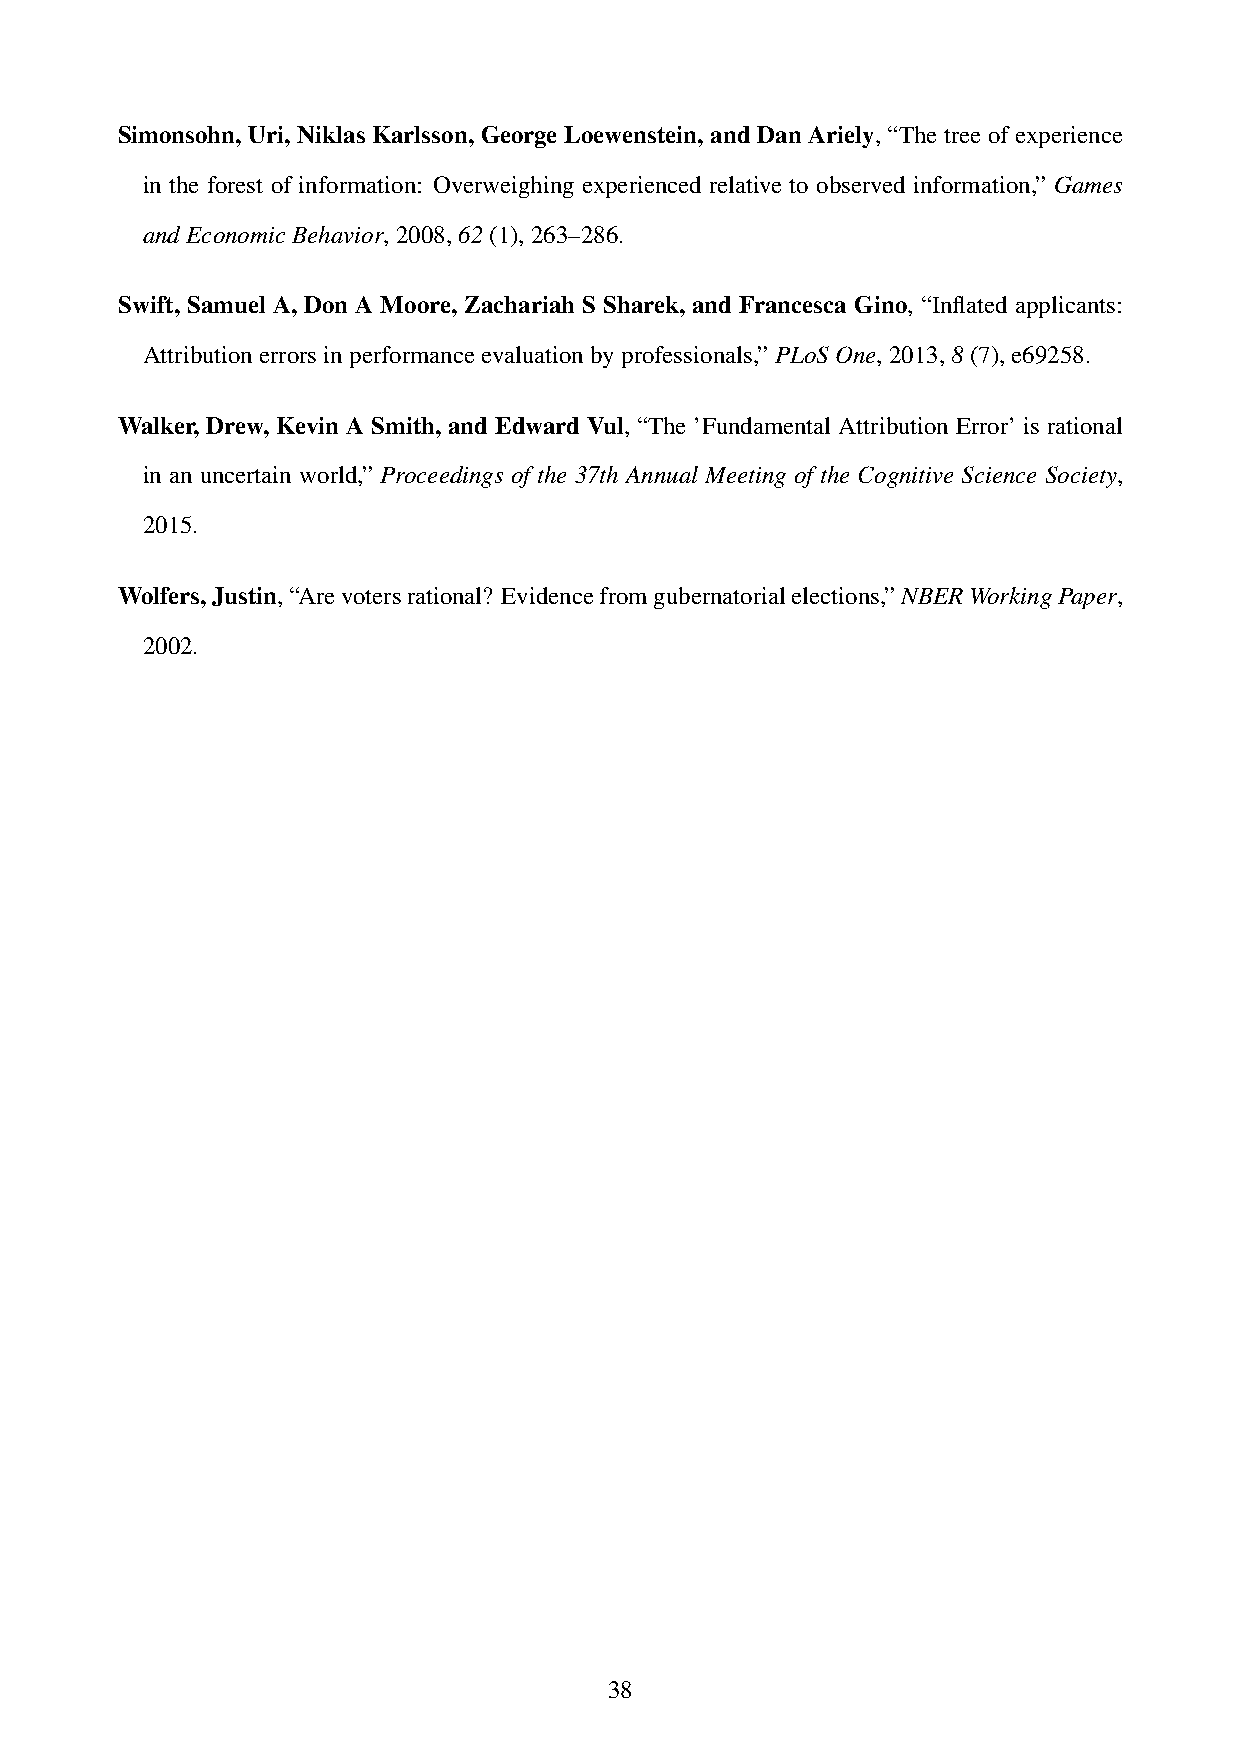
Simonsohn, Uri, Niklas Karlsson, George Loewenstein, and Dan Ariely, “The tree of experience
 in the forest of information: Overweighing experienced relative to observed information,” Games
 andEconomicBehavior,2008,62(1),263–286.
 Swift, Samuel A, Don A Moore, Zachariah S Sharek, and Francesca Gino, “Inflated applicants:
 Attributionerrorsinperformanceevaluationbyprofessionals,”PLoSOne,2013,8(7),e69258.
 Walker, Drew, Kevin A Smith, and Edward Vul, “The ’Fundamental Attribution Error’ is rational
 in an uncertain world,” Proceedings of the 37th Annual Meeting of the Cognitive Science Society,
 2015.
 Wolfers,Justin,“Arevotersrational? Evidencefromgubernatorialelections,”NBERWorkingPaper,
 2002.
 38